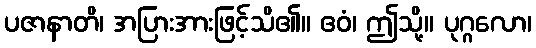
ပဇာနာတိ၊ အပြားအားဖြင့်သိ၏။ ဧဝံ၊ ဤသို့။ ပုဂ္ဂလော၊